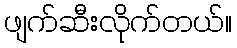
ဖျက်ဆီးလိုက်တယ်။